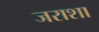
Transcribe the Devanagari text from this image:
जराशा